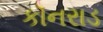
કૉનરાડ